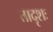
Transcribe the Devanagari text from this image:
तादृशः